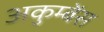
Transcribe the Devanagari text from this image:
अकुम्बेंस